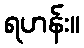
ရဟန်း။